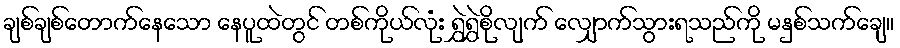
ချစ်ချစ်တောက်နေသော နေပူထဲတွင် တစ်ကိုယ်လုံး ရွှဲရွှဲစိုလျက် လျှောက်သွားရသည်ကို မနှစ်သက်ချေ။